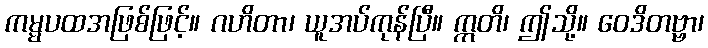
ကမ္မပထအဖြစ်ဖြင့်။ ဂဟိတာ၊ ယူအပ်ကုန်ပြီ။ ဣတိ၊ ဤသို့။ ဝေဒိတဗ္ဗာ၊